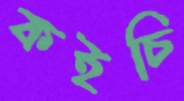
কইচি